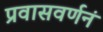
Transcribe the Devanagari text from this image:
प्रवासवर्णनं